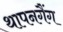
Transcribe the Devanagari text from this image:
थापनगैंग